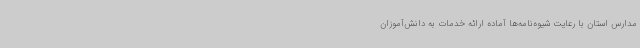
مدارس استان با رعایت شیوه‌نامه‌ها آماده ارائه خدمات به دانش‌آموزان